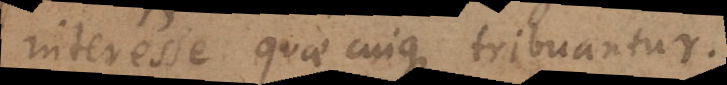
interesse quae cuique tribuantur.